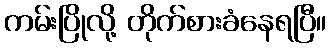
ကမ်းပြိုလို့ တိုက်စားခံနေရပြီ။